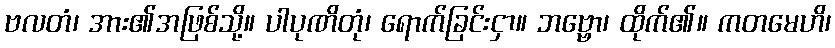
ဗလတံ၊ အား၏အဖြစ်သို့။ ပါပုဏိတုံ၊ ရောက်ခြင်းငှာ။ ဘဗ္ဗော၊ ထိုက်၏။ ကတမေဟိ၊